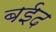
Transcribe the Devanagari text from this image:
बईद